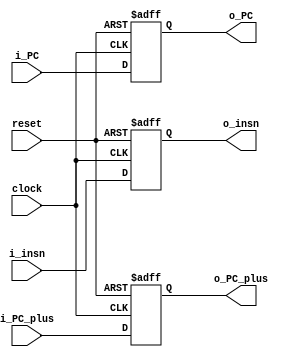
module fd_latch(
    input clock,
    input reset,
    input [31:0] i_insn,
    input [11:0] i_PC_plus,
    input [11:0] i_PC,
    output reg [31:0] o_insn,
    output reg [11:0] o_PC_plus ,
    output reg [11:0] o_PC
);

    always @(negedge clock or posedge reset) begin
       if (reset) begin
           o_insn <= 32'd0;
           o_PC_plus <= 12'd0;
           o_PC <= 12'd0;
       end else begin
           o_insn <= i_insn;
           o_PC_plus <= i_PC_plus;
           o_PC <= i_PC;
       end
   end

endmodule